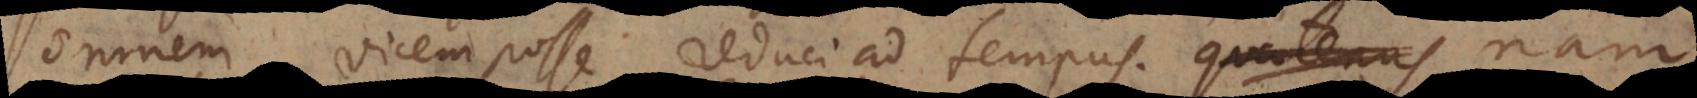
omnem vicem posse reduci ad tempus; quatenus nam